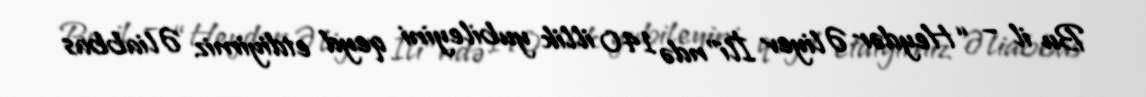
Bu il – “Heydər Əliyev İli”ndə 140 illik yubileyini qeyd etdiyimiz Əliabbas